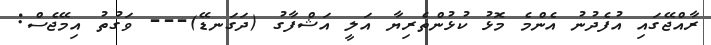
ރާއްޖޭގައި އުފެދުނު އެންމެ މޮޅު ކުޅުންތެރިޔާ އަލީ އަޝްފާގު (ދަގަނޑޭ)--- ވަގުތު އިމޭޖެސް: